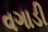
વગાડી